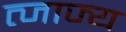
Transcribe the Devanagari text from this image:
त्जाज्य